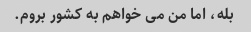
بله، اما من می خواهم به کشور بروم.